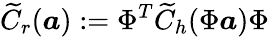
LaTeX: \widetilde{C}_{r}(\boldsymbol{a}):=\Phi^{T}\widetilde{C}_{h}(\Phi\boldsymbol{a})\Phi